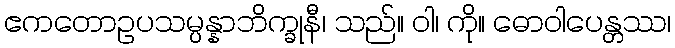
ဧကတောဥပသမ္ပန္နာဘိက္ခုနီ၊ သည်။ ဝါ၊ ကို။ ဓောဝါပေန္တဿ၊